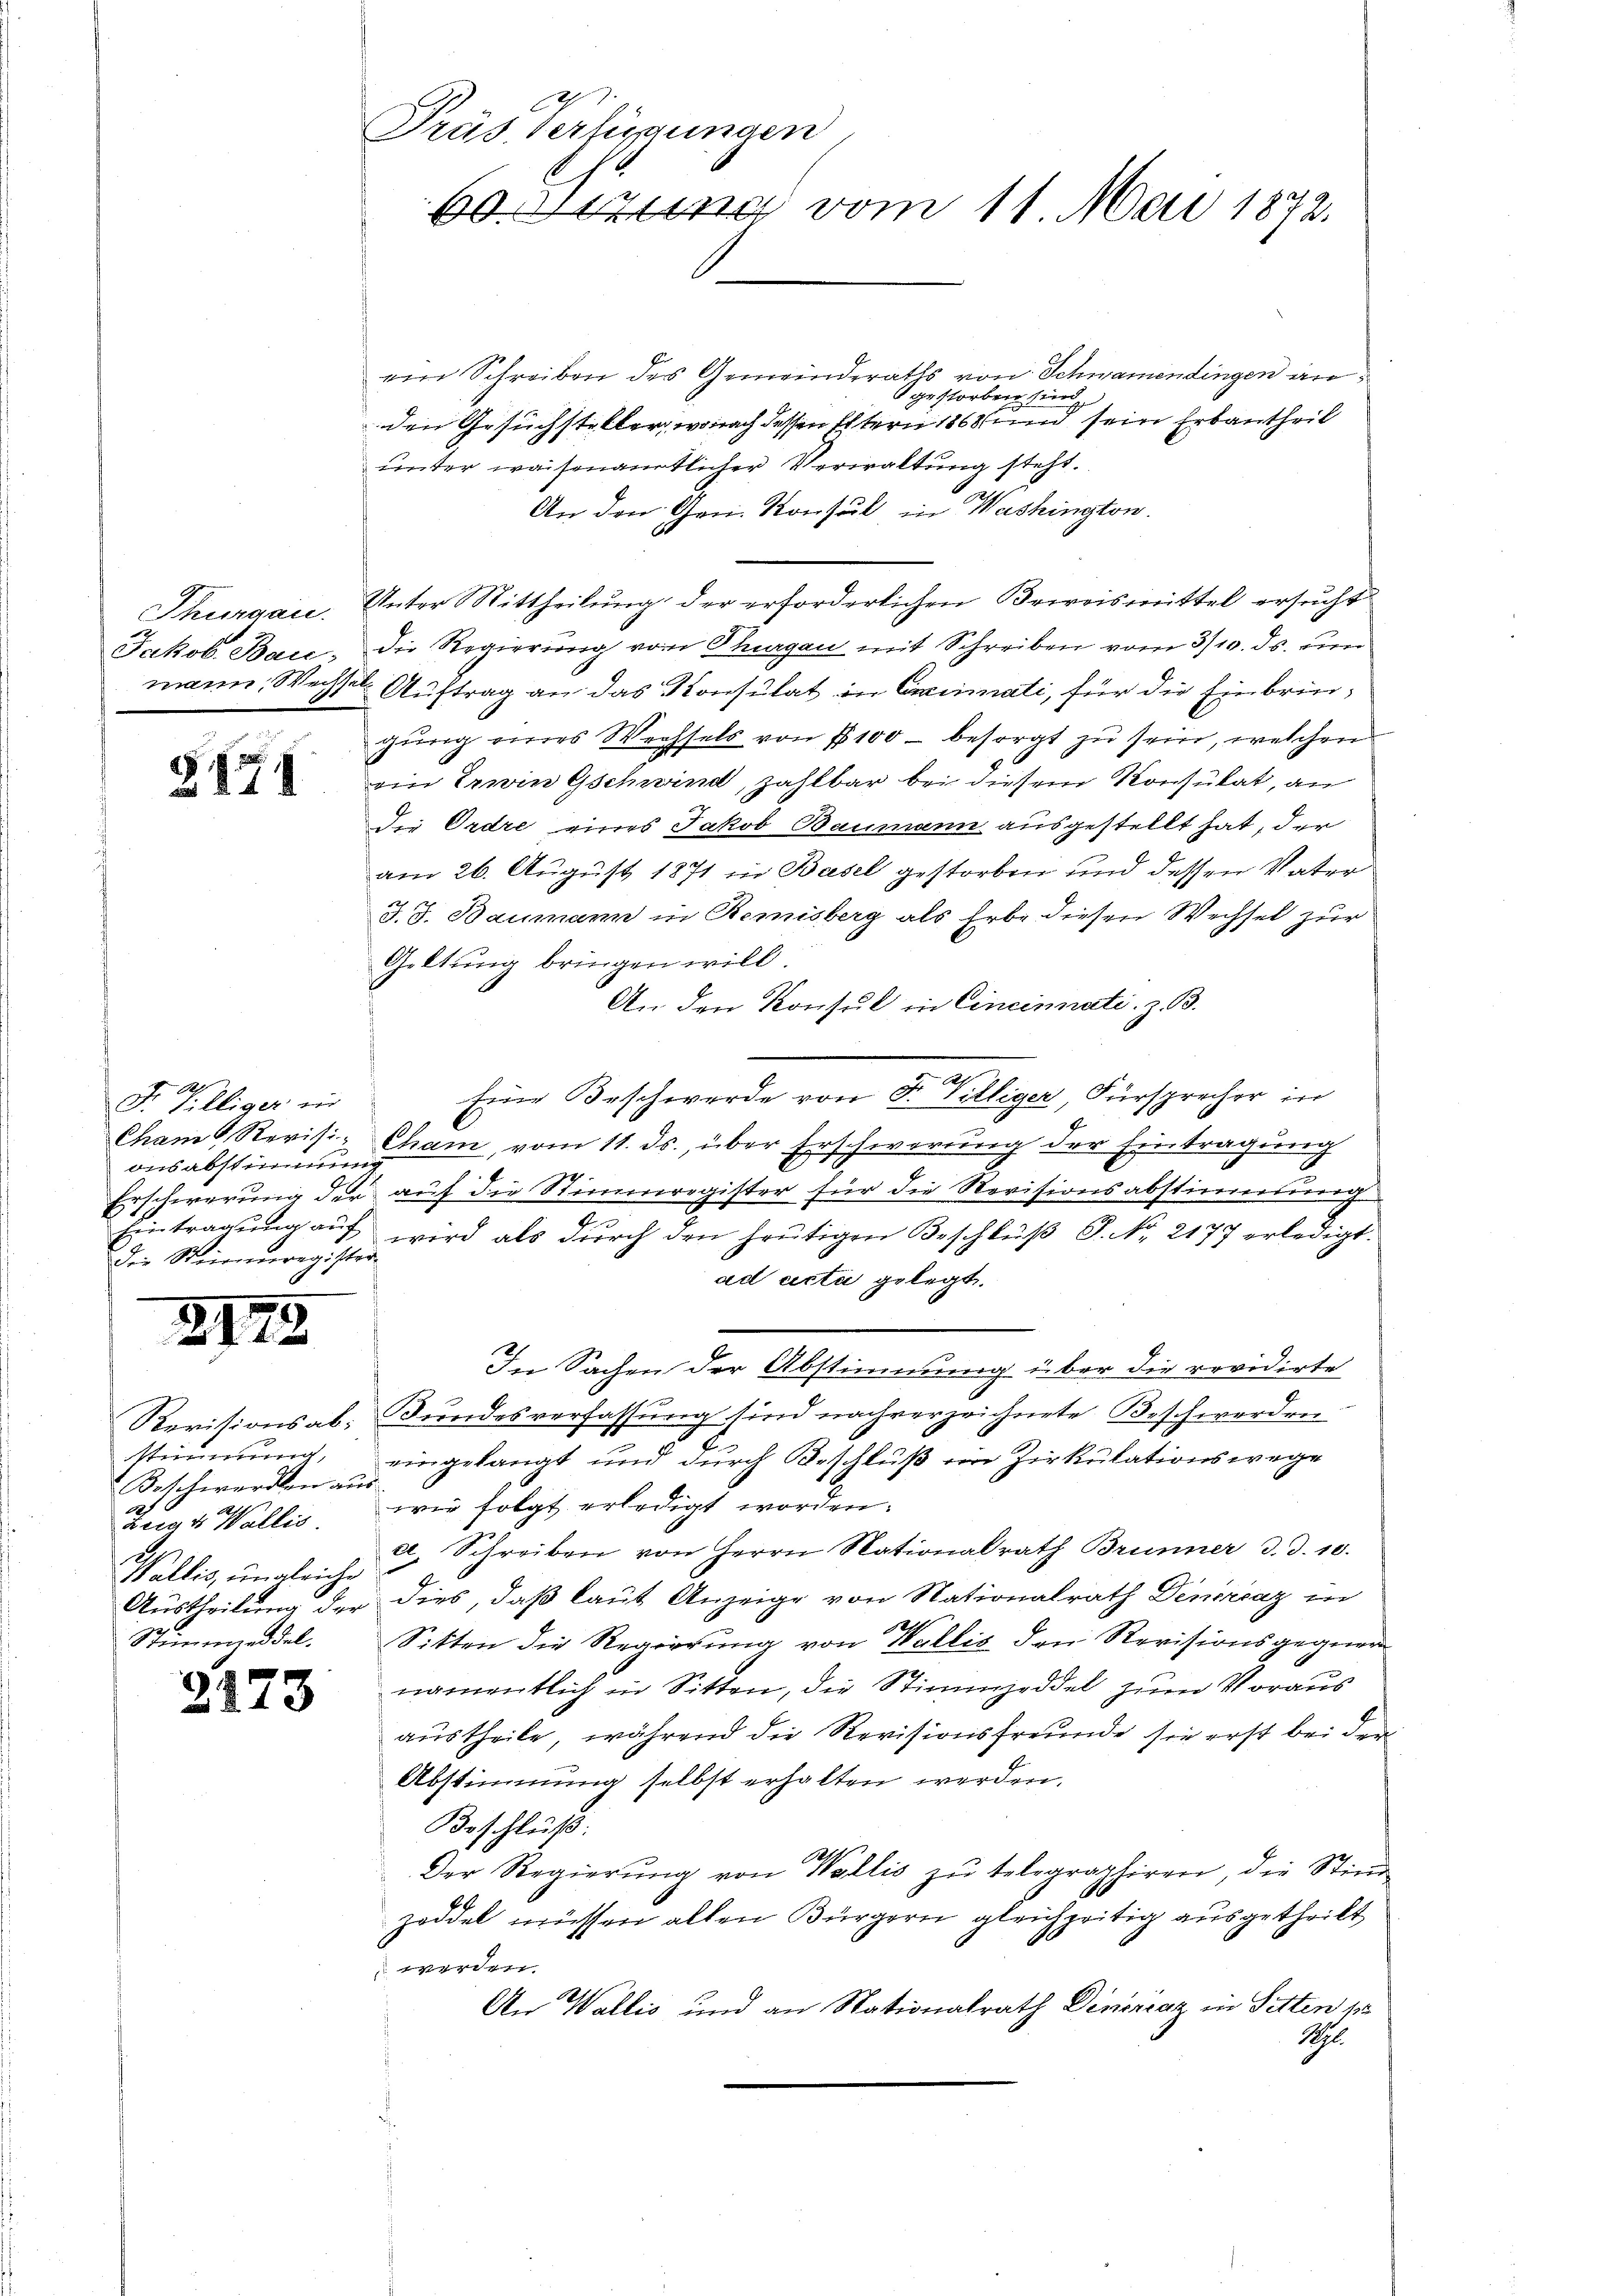
Fr. Tilliger in
onsabstimmung
Der Steinmauregister

2172

stimmung,
Beschwerden aus
d
2
zeg & Wallis.
Wallis, ungleiche

)
2173

ein Schreiben des Gemeinderaths von Schwamendingen angestorben sind
den Gesuchsteller, wonach dessen Eltern 1868 und sein Erbantheil
unter waisenamtlicher Verwaltung steht.
An den Gen. Konsul in Washington.
Thurgaue. Unter Mittheilung der erforderlichen Beweismittel ersucht
Jakob Baie, die Regierung vom Thurgau mit Schreiben vom 3/10. ds. um
mann Wechsel Auftrag an das Konsulat in Criminati, für die Einbringung eines Wechsels von § 100 - besorgt zu sein, welchen
 ein Erwin Gschwind, zahlbar bei diesem Konsulat, an
Die Ordre eines Jakob Baumann ausgestellt hat, der
am 26. August 1871 in Basel gestorben und dessen Vater
J. J. Baumann in Remisberg als Erbe diesen Wechsel zur
Geltung bringen will.
An den Konsul in Cincinati. z. B.
2
Eine Beschwerde von Fr. williger, Fürsprecher in
Cham Revisi- Cham, vom 11. ds. über Erschwerung der Eintragung
Errschwerung der auf die Stimmregister für die Revisionsabstimmung
Eintragung auf wird als durch den heutigen Beschlŭβ J. No. 2177 erledigt.
ad acta gelegt.
In Sachen der Abstimmung über die revidirte
Revisionsab- Bundesverfassung sind nachverzeichnete Beschwerden
eingelangt und durch Beschluß ein Zirkulationswege
wie folgt erledigt worden.
a. Schreiben von Herrn Nationalrath Brunner d. d. 10.
Austheilung der dies, daß laut Anzeige von Nationalrath Denorcaz in
8 x
Stimmzeddel. Sitten die Regierung von Wallis den Revisionsgegner
namentlich in Sitten, die Stimmzeddel zum Voraus
austheile, während die Revisionsfreunde sie erst bei den
Abstimmung selbst erhalten werden.
Beschluß:
O.
Der Regierŭng von Wallis zŭ telegraphiren, die Stiṁe
zeddel müssen allen Bürgern gleichzeitig ausgetheilt
 werden.
An Wallis und an Nationalrath Dinérčaz in Sitten pr
Rthl.

Präs Verfügungen,
ee einen vom 11. Mai 1890.